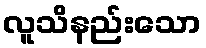
လူသိနည်းသော